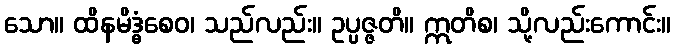
သော။ ထိနမိဒ္ဓံစေဝ၊ သည်လည်း။ ဥပ္ပဇ္ဇတိ။ ဣတိစ၊ သို့လည်းကောင်း။